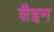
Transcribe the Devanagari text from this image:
शैइन